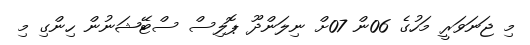
މި ޖަނަވަރީ މަހުގެ 06ން 07ށް ނިލަންދޫ ޕޮލިސް ސްޓޭޝަނުން ހިންގި މި